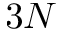
3 N